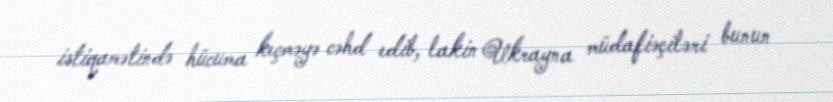
istiqamətində hücuma keçməyə cəhd edib, lakin Ukrayna müdafiəçiləri bunun